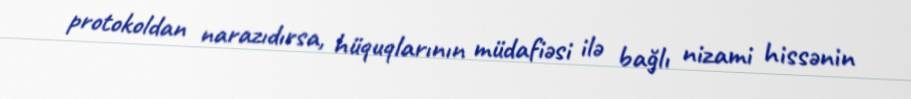
protokoldan narazıdırsa, hüquqlarının müdafiəsi ilə bağlı nizami hissənin